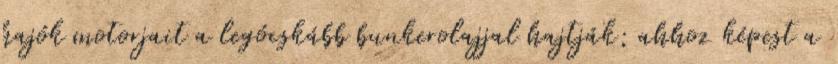
hajók motorjait a legócskább bunkerolajjal hajtják; ahhoz képest a